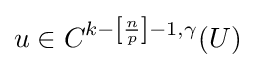
u\in C^{k-\left[{\frac {n}{p}}\right]-1,\gamma }(U)